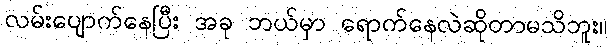
လမ်းပျောက်နေပြီး အခု ဘယ်မှာ ရောက်နေလဲဆိုတာမသိဘူး။